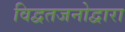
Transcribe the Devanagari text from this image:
विद्वतजनोद्वारा